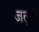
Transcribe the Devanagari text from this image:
जल्री